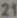
21